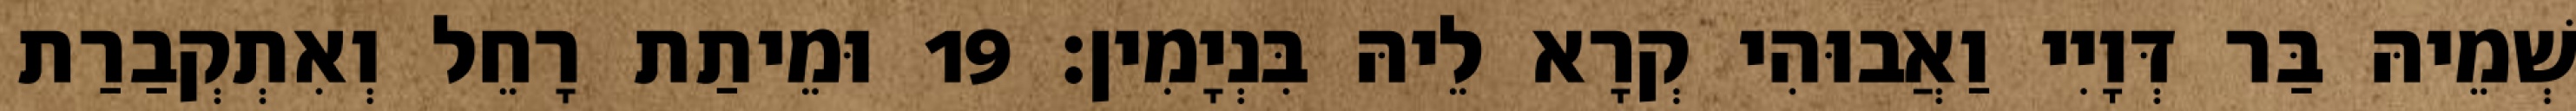
שְׁמֵיהּ בַּר דְּוָיִי וַאֲבוּהִי קְרָא לֵיהּ בִּנְיָמִין׃ 19 וּמֵיתַת רָחֵל וְאִתְקְבַרַת